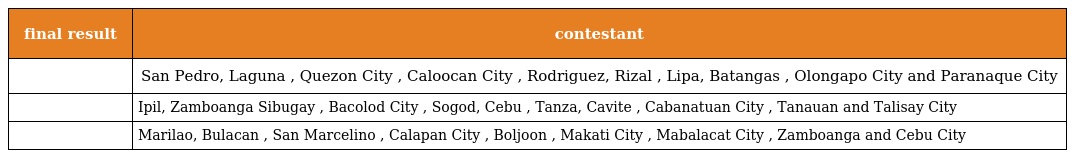
| final result | contestant |
 | --- | --- |
 |  | San Pedro, Laguna , Quezon City , Caloocan City , Rodriguez, Rizal , Lipa, Batangas , Olongapo City and Paranaque City |
 |  | Ipil, Zamboanga Sibugay , Bacolod City , Sogod, Cebu , Tanza, Cavite , Cabanatuan City , Tanauan and Talisay City |
 |  | Marilao, Bulacan , San Marcelino , Calapan City , Boljoon , Makati City , Mabalacat City , Zamboanga and Cebu City |